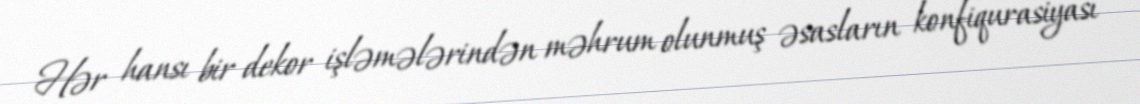
Hər hansı bir dekor işləmələrindən məhrum olunmuş əsasların konfiqurasiyası